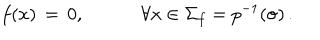
f ( x ) \, = \, 0 , \hspace { 3 e m } \forall x \in \Sigma _ { f } = p ^ { - 1 } ( { \sigma } ) \, .